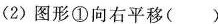
(2)图形①向右平移()